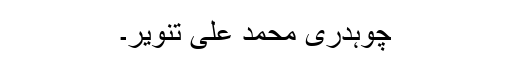
چوہدری محمد علی تنویر۔